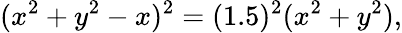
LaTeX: (x^{2}+y^{2}-x)^{2}=(1.5)^{2}(x^{2}+y^{2}),